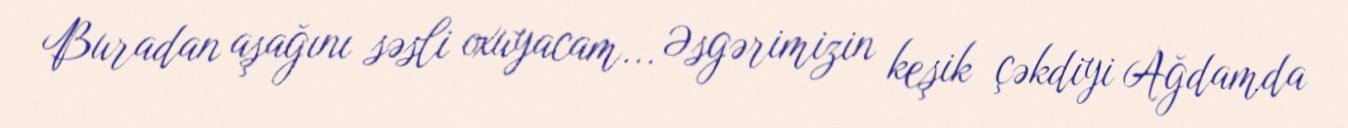
Buradan aşağını səsli oxuyacam... Əsgərimizin keşik çəkdiyi Ağdamda